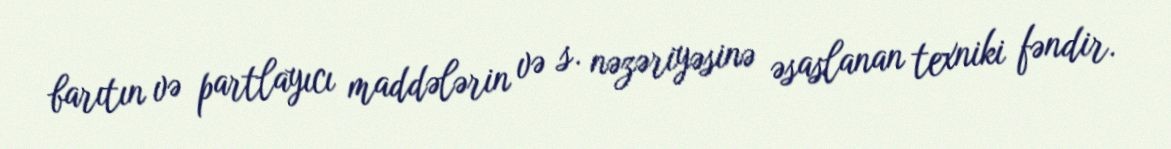
barıtın və partlayıcı maddələrin və s. nəzəriyəsinə əsaslanan texniki fəndir.